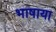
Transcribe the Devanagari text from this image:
भाषाया